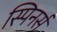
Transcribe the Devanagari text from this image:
स्पिनर्स